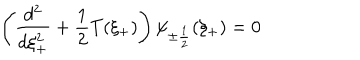
\left( \frac { d ^ { 2 } } { d \xi _ { + } ^ { 2 } } + \frac { 1 } { 2 } T ( \xi _ { + } ) \right) \psi _ { \pm \frac { 1 } { 2 } } ( \xi _ { + } ) = 0